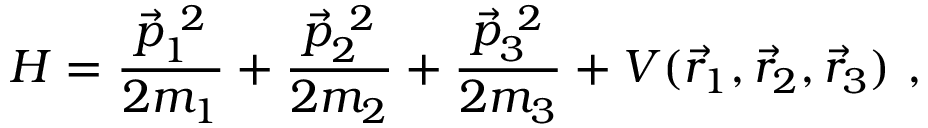
H = \frac { \vec { p } _ { 1 } ^ { ~ 2 } } { 2 m _ { 1 } } + \frac { \vec { p } _ { 2 } ^ { ~ 2 } } { 2 m _ { 2 } } + \frac { \vec { p } _ { 3 } ^ { ~ 2 } } { 2 m _ { 3 } } + V ( \vec { r } _ { 1 } , \vec { r } _ { 2 } , \vec { r } _ { 3 } ) ~ ,